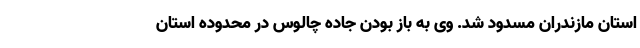
استان مازندران مسدود شد. وی به باز بودن جاده چالوس در محدوده استان